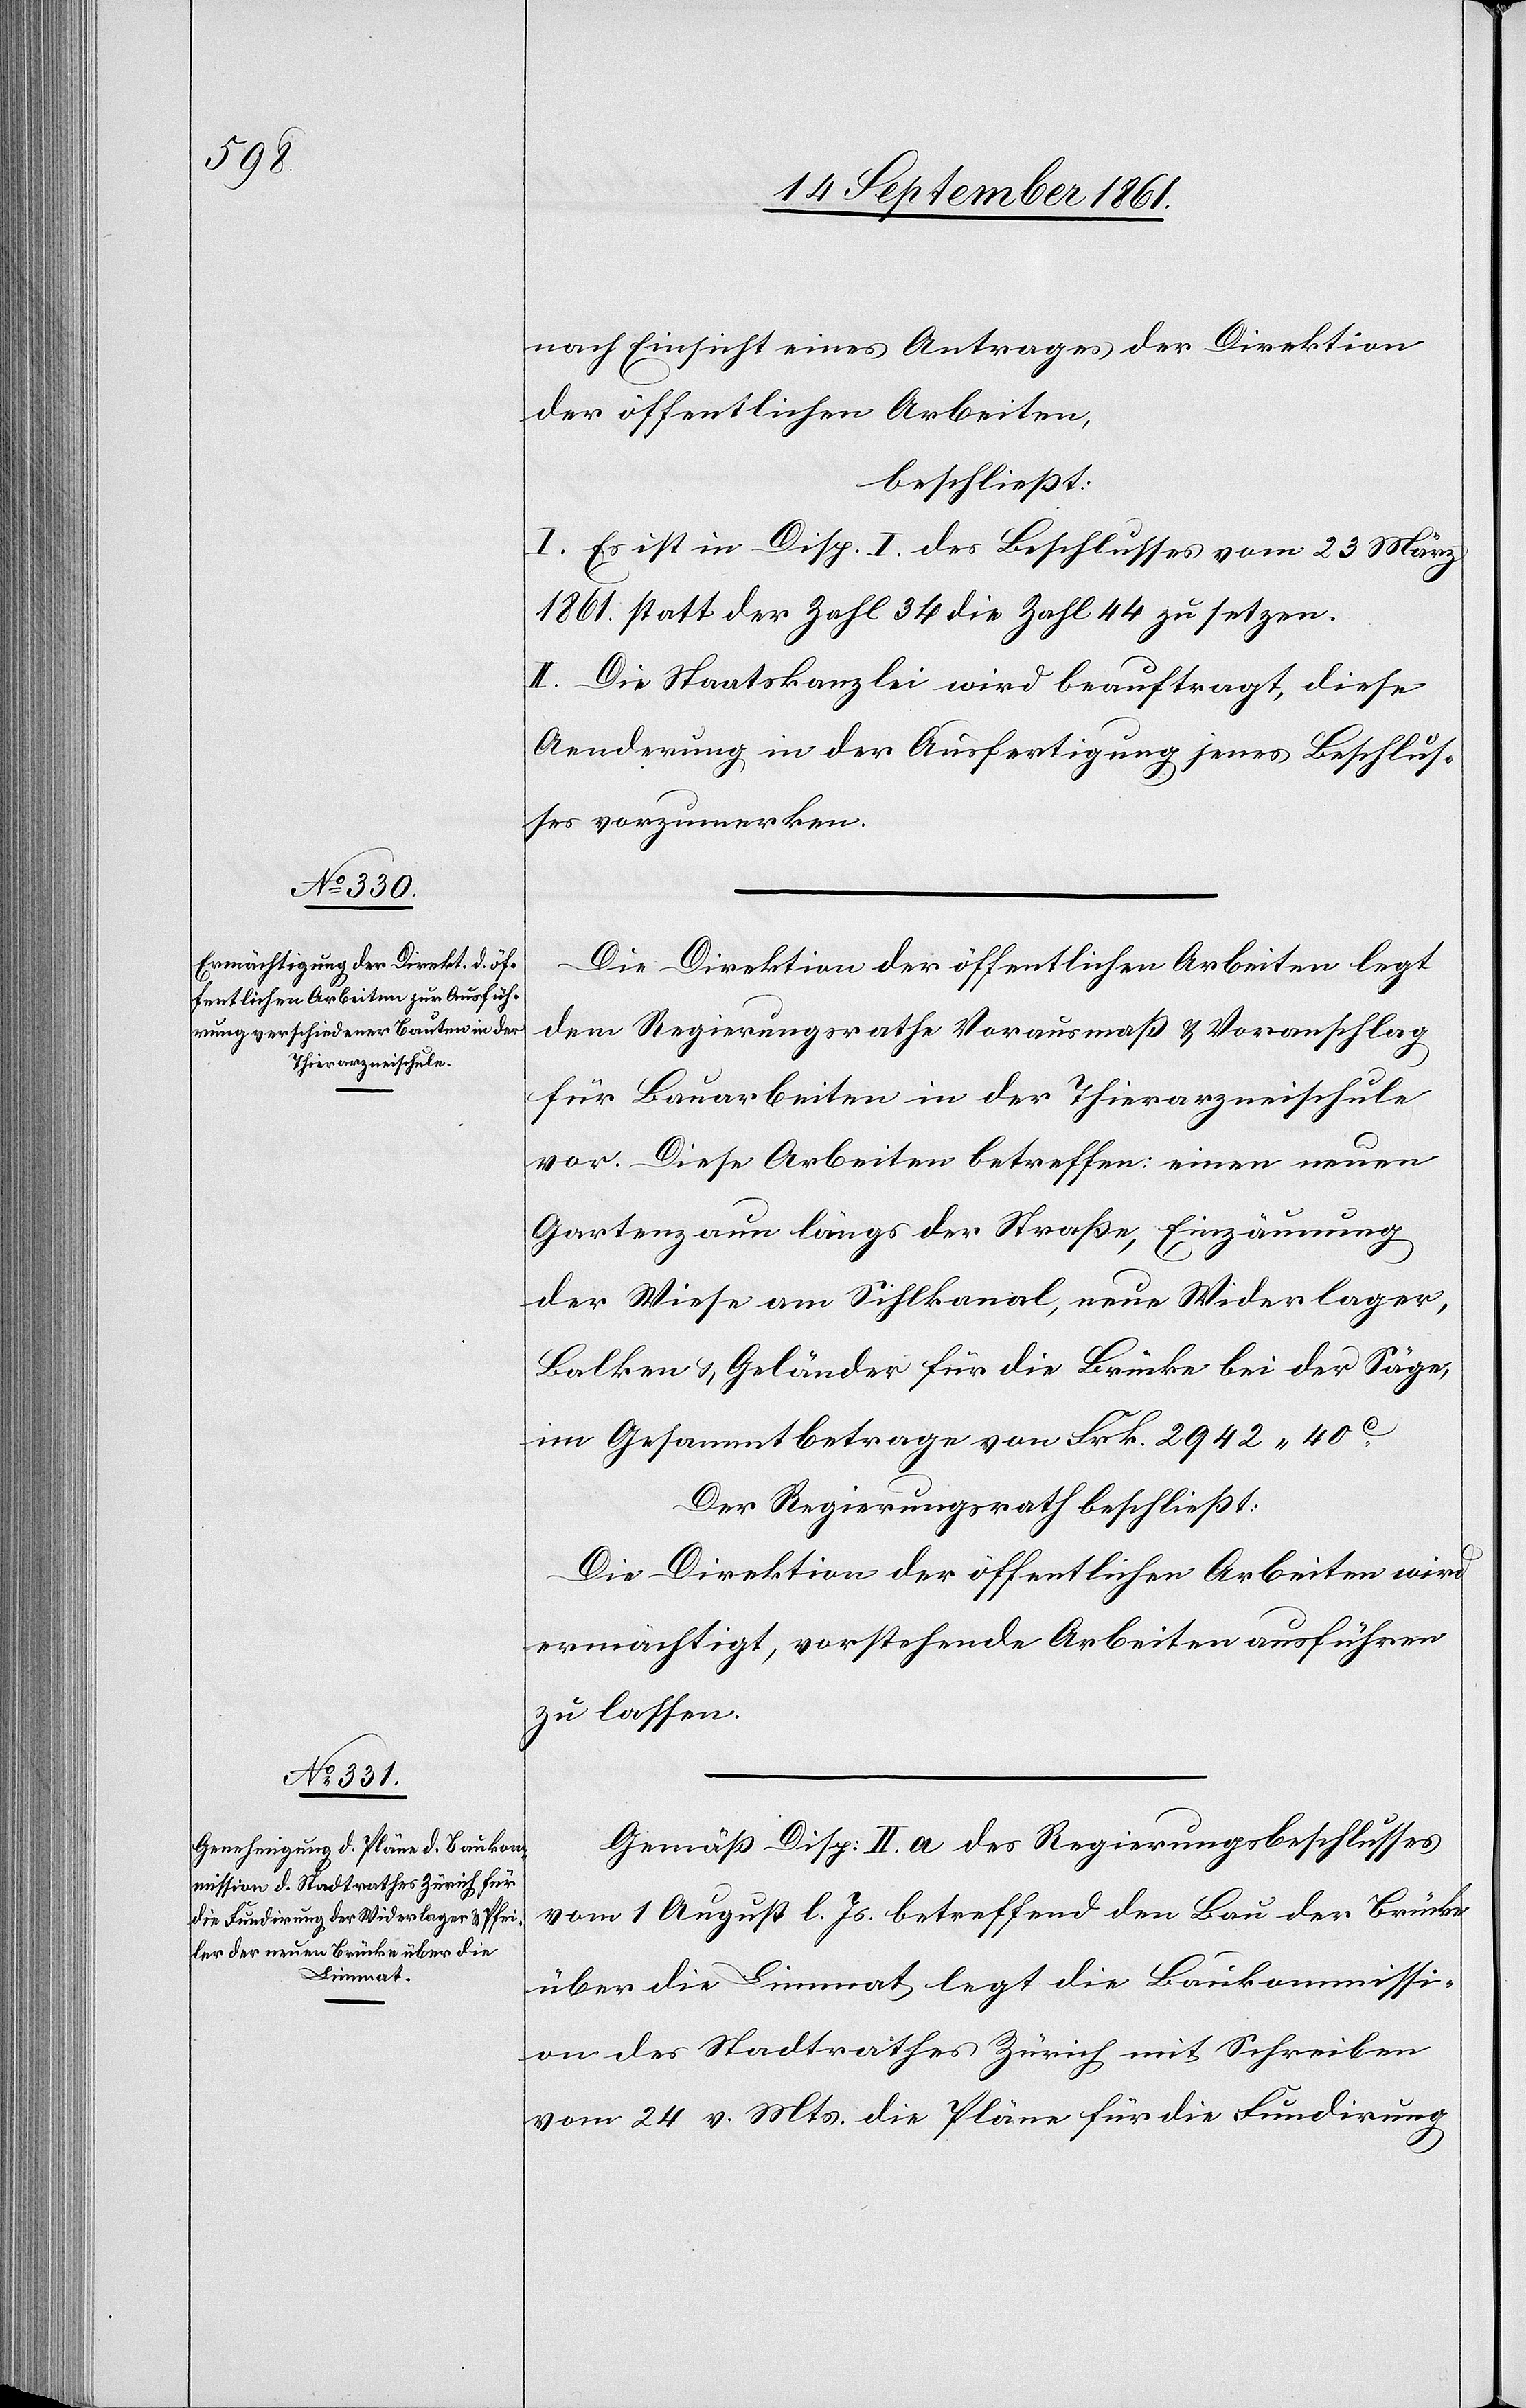
nach Einsicht eines Antrages der Direktion
der öffentlichen Arbeiten,
beschließt:
I. Es ist in Disp. I des Beschlusses vom 23 März
1861 statt der Zahl 34 die Zahl 44 zu setzen.
II. Die Staatskanzlei wird beauftragt, diese
Aenderung in der Ausfertigung jenes Beschlus¬
ses vorzunehmen.
Die Direktion der öffentlichen Arbeiten legt
dem Regierungsrathe Vorausmaß u. Voranschlag
für Bauarbeiten in der Thierarzneischule
vor. Diese Arbeiten betreffen einen neuen
Gartenzaun längs der Straße, Einzäunung
der Wiese am Sihlkanal, neue Widerlager,
Balken u. Geländer für die Brücke bei der Säge,
im Gesammtbetrage von Frk 2942.40c.
Der Regierungsrath beschließt:
Die Direktion der öffentlichen Arbeiten wird
ermächtigt, vorstehende Arbeiten ausführen
zu lassen.
Gemäß Disp. II a des Regierungsbeschlusses
vom 1 August l. Js. betreffend den Bau der Brücke
über die Limmat legt die Baukommissi¬
on des Stadtrathes Zürich mit Schreiben
vom 24 v. Mts. die Pläne für die Fundirung